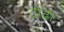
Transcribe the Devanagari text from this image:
ठोढी़